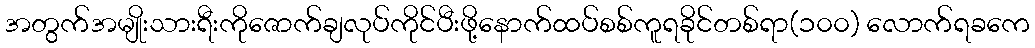
အတွက်အမျိုးသားရီးကိုဇောက်ချလုပ်ကိုင်ပီးဖို့နောက်ထပ်စစ်ကူရခိုင်တစ်ရာ(၁၀၀) လောက်ရခကေ